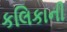
કલિકાની